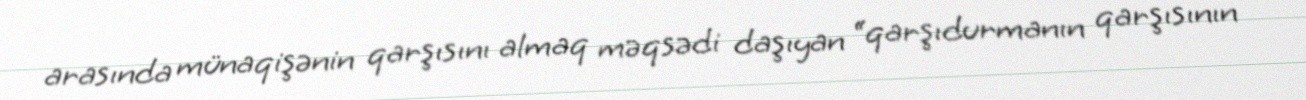
arasında münaqişənin qarşısını almaq məqsədi daşıyan “qarşıdurmanın qarşısının